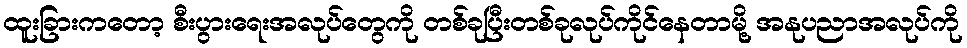
ထူးခြားကတော့ စီးပွားရေးအလုပ်တွေကို တစ်ခုပြီးတစ်ခုလုပ်ကိုင်နေတာမို့ အနုပညာအလုပ်ကို